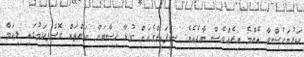
ކަރުނަހުސްވާ އެންމެ އިރެއްވެސް ނާދެއެވެ. ސިފައިންގެއަށް ގުޅާ ހިސާބަށް ކަންތައް ގޮސްފިކަމުގައި ލިއަމް